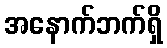
အနောက်ဘက်ရှိ